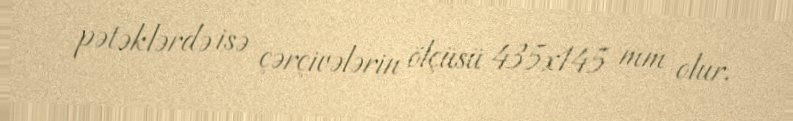
pətəklərdə isə çərçivələrin ölçüsü 435x145 mm olur.